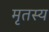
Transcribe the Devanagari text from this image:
मृतस्य